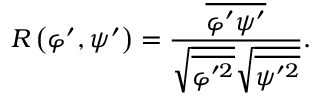
R \left( { \varphi } ^ { \prime } , { \psi } ^ { \prime } \right) = \frac { \overline { { { \varphi } ^ { \prime } { \psi } ^ { \prime } } } } { \sqrt { \overline { { { \varphi } ^ { \prime 2 } } } } \sqrt { \overline { { { \psi } ^ { \prime 2 } } } } } .